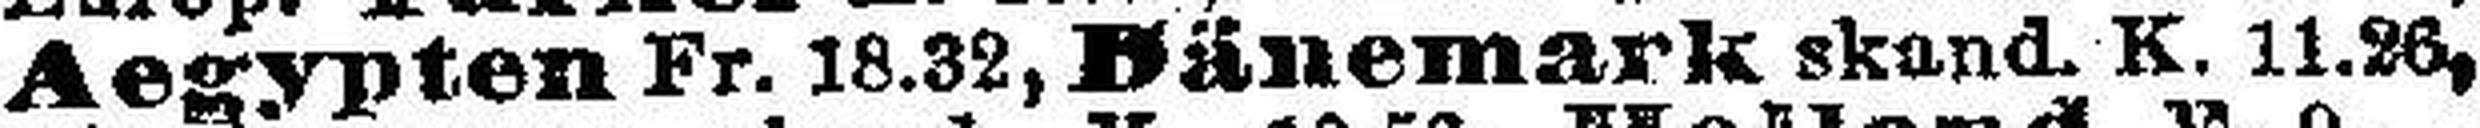
Aegypten Fr. 18.32, Bänemark skand. K. 11.26,